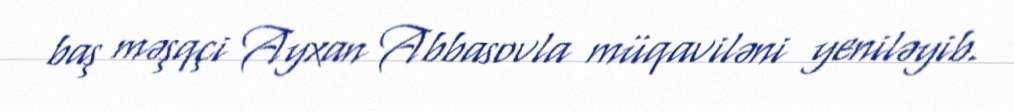
baş məşqçi Ayxan Abbasovla müqaviləni yeniləyib.